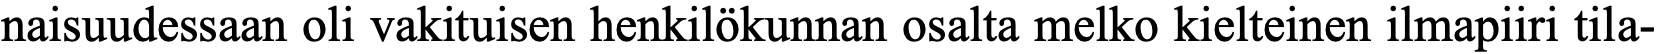
naisuudessaan oli vakituisen henkilökunnan osalta melko kielteinen ilmapiiri tila-